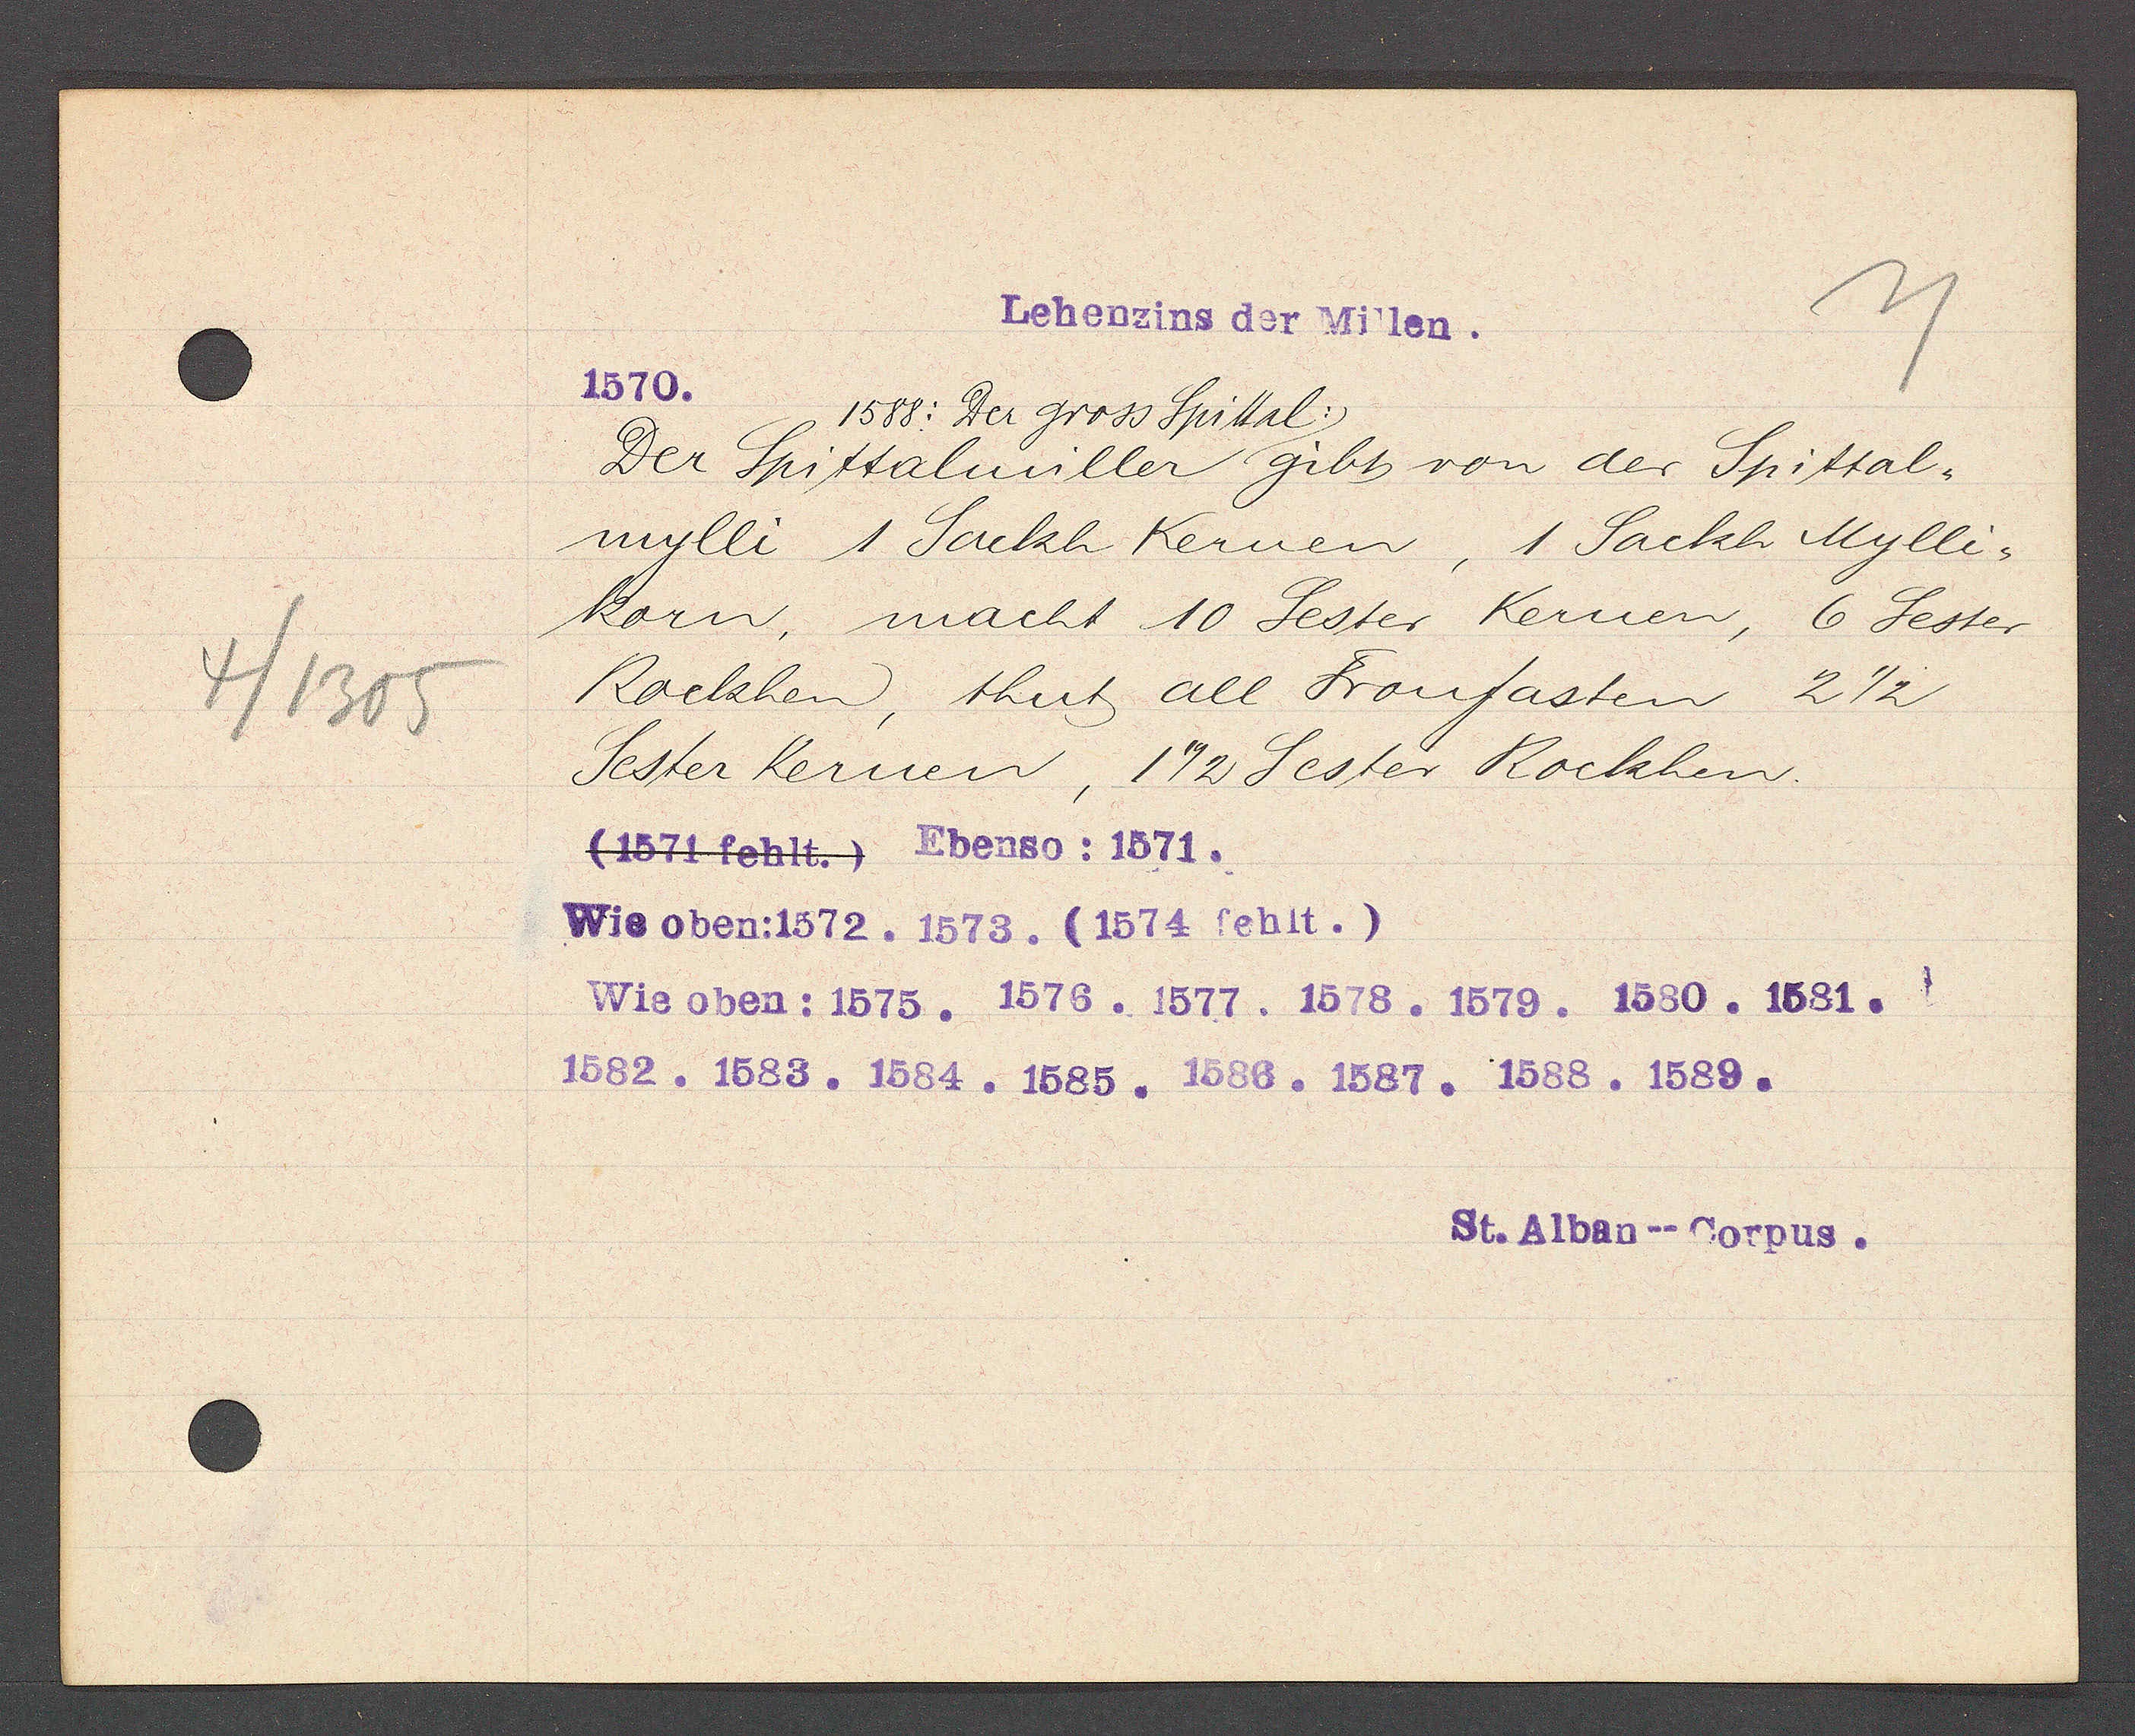
Transcript:
4/1305

Lehenzins der Millen.

1570.
1588: der gross Spittal:
Der Spittalmüller gibt von der Spittal¬
mylli 1 Sackh Kernen, 1 Sackh Mylli¬
korn, macht 10 Sester Kernen, 6 Sester
Rackhen, thut all Fronfasten 2 1/2
Sester Kernen, 172 Sester Rockhen.
(1571 fehlt.) Ebenso: 1571.
Wie oben: 1572. 1573. (1574 fehlt.)
Wie oben: 1575. 1576. 1577. 1578. 1579. 1580. 1581.
1582. 1583. 1584. 1585. 1586. 1587. 1588. 1589.

St. Alban--Corpus.